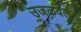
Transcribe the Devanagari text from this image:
उजळवले